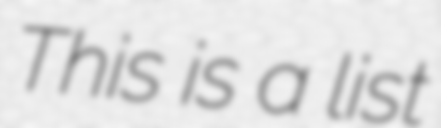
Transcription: This is a list